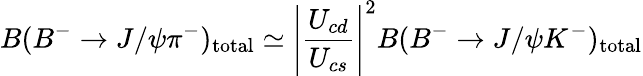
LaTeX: B(B^{-}\rightarrow J/\psi\pi^{-})_{\mathrm{total}}\simeq\Biggl|{\frac{U_{cd}}{U_{cs}}}\Biggr|^{2}B(B^{-}\rightarrow J/\psi K^{-})_{\mathrm{total}}